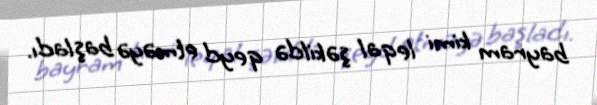
bayram kimi leqal şəkildə qeyd etməyə başladı.